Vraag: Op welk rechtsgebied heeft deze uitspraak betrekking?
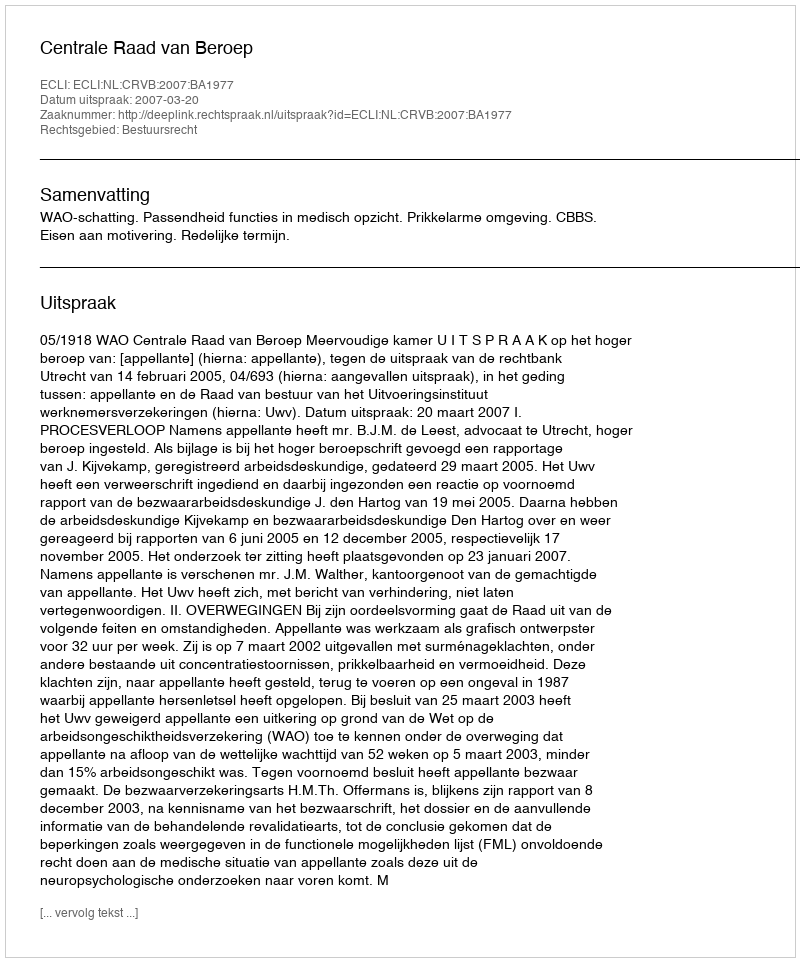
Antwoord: Bestuursrecht